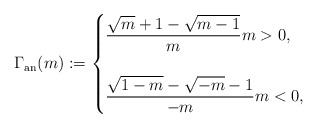
\begin{align*}\Gamma_{\operatorname{an}}(m):=\begin{cases} \dfrac{\sqrt{m}+1-\sqrt{m-1}}{m}m>0,\\\;\\\dfrac{\sqrt{1-m}-\sqrt{-m}-1}{-m}m<0,\end{cases}\end{align*}